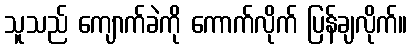
သူသည် ကျောက်ခဲကို ကောက်လိုက် ပြန်ချလိုက်။